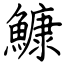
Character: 鱇